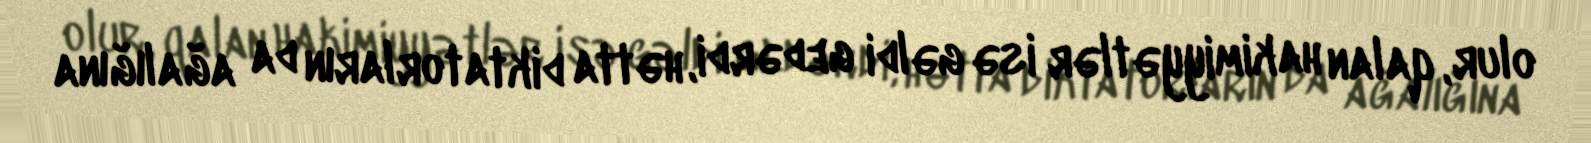
olur, qalan hakimiyyətlər isə gəldi gedərdi, hətta diktatorların da ağalığına